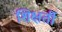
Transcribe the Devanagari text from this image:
शिक्षर्ती